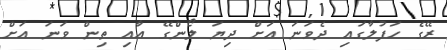
ރޭގެ ހަފުލާގައި ދެވަނަ އަށް ދިޔަ ލޯންގޭ އާއި ތިން ވަނަ އަށް